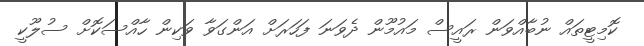
ކޮމިޓީތައް ނުބާއްވަން ރައީސް މައުމޫން ދެވަނަ ފަހަރަށް އަންގަވާ ވަކިން ހާއްސަކޮށް ސުލޫކީ